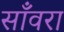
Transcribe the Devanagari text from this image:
साँवरा